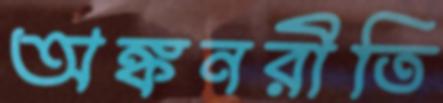
অঙ্কনরীতি